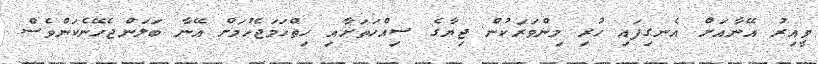
ވީއިރު އޭނާއަށް އެނގިފައި ހުރި މިންވަރަކުން ޖިޔާގެ ސިއްހަތަށާއި ހިތްހަމަޖެހުމަށް އޭނާ ބަލަންޖެހޭނެކަންވެސް